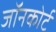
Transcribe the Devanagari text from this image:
जॉनकोर्ट